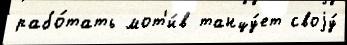
рабо́тать мот'и́в танцу́ет своjу́